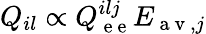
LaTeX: Q_{il}\propto Q_{\mathrm{~e~e~}}^{ilj}E_{\mathrm{~a~v~},j}